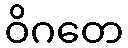
ဝိဂတေ